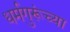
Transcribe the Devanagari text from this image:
धर्मगुरूंच्या